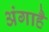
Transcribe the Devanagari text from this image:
अंगाहै